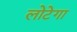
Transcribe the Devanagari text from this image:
लोटेगा